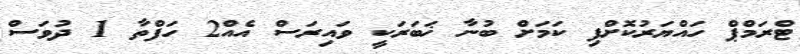
ޓްރަމްޕް ހައްޔަރުކޮށްފި ކަމަށް ބުނާ ޚަބަރަކީ ވައިރަސް އެއް2 ހަފްތާ 1 ދުވަސް